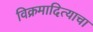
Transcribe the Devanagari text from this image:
विक्रमादित्याचा